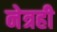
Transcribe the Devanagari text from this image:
नेत्रही